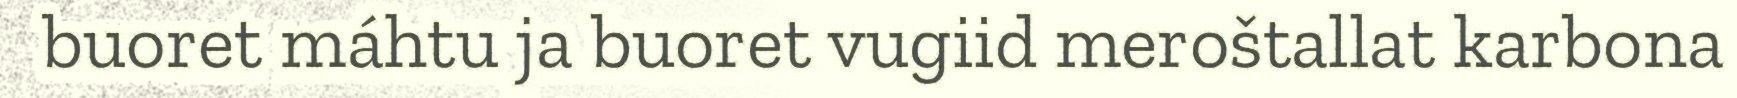
buoret máhtu ja buoret vugiid meroštallat karbona